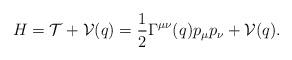
LaTeX: \begin{align*}H=\mathcal{T}+\mathcal{V}(q)=\frac{1}{2}\Gamma^{\mu\nu}(q)p_{\mu}p_{\nu}+\mathcal{V}(q).\end{align*}